Report on vaccination in the Province of Bengal - 1869-1873
Year: 1869
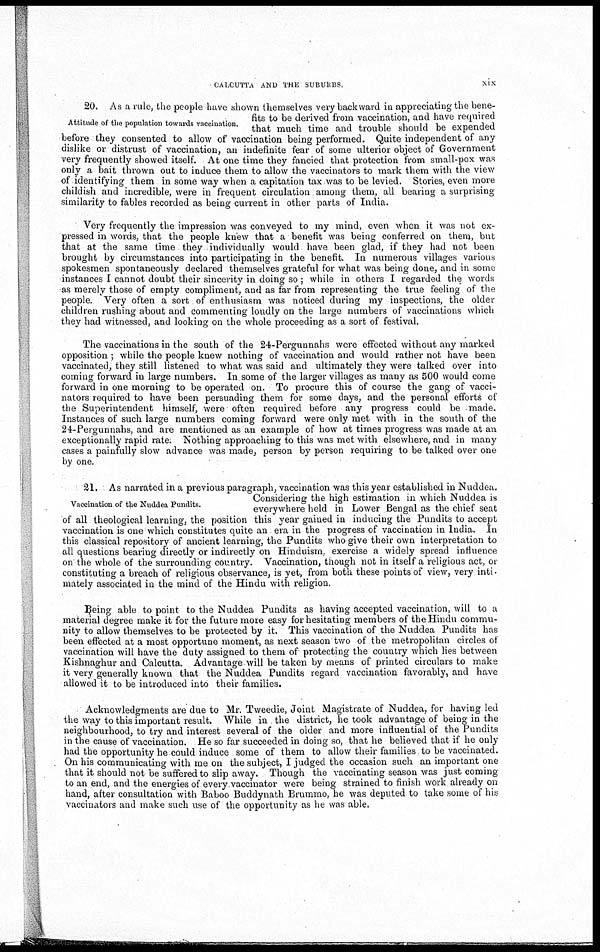
CALCUTTA AND THE SUBURBS.
xix
Attitude of the population towards vaccination.
20. As a rule, the people have shown themselves very backward in appreciating the bene-
fits to be derived from vaccination, and have required
that much time and trouble should be expended
before they consented to allow of vaccination being performed. Quite independent of any
dislike or distrust of vaccination, an indefinite fear of some ulterior object of Government
very frequently showed itself. At one time they fancied that protection from small-pox was
only a bait thrown out to induce them to allow the vaccinators to mark them with the view
of identifying them in some way when a capitation tax was to be levied. Stories, even more
childish and incredible, were in frequent circulation among them, all bearing a surprising
similarity to fables recorded as being current in other parts of India.
Very frequently the impression was conveyed to my mind, even when it was not ex-
pressed in words, that the people knew that a benefit was being conferred on them, but
that at the same time they individually would have been glad, if they had not been
brought by circumstances into participating in the benefit. In numerous villages various
spokesmen spontaneously declared themselves grateful for what was being done, and in some
instances I cannot doubt their sincerity in doing so ; while in others I regarded the words
as merely those of empty compliment, and as far from representing the true feeling of the
people. Very often a sort of enthusiasm was noticed during my inspections, the older
children rushing about and commenting loudly on the large numbers of vaccinations which
they had witnessed, and looking on the whole proceeding as a sort of festival.
The vaccinations in the south of the 24-Pergunnahs were effected without any marked
opposition ; while the people knew nothing of vaccination and would rather not have been
vaccinated, they still listened to what was said and ultimately they were talked over into
coming forward in large numbers. In some of the larger villages as many as 500 would come
forward in one morning to be operated on. To procure this of course the gang of vacci-
nators required to have been persuading them for some days, and the personal efforts of
the Superintendent himself, were often required before any progress could be made.
Instances of such large numbers coming forward were only met with in the south of the
24-Pergunnahs, and are mentioned as an example of how at times progress was made at an
exceptionally rapid rate. Nothing approaching to this was met with elsewhere, and in many
cases a painfully slow advance was made, person by person requiring to be talked over one
by one.
Vaccination of the Nuddea Pundits.
21. As narrated in a previous paragraph, vaccination was this year established in Nuddea.
Considering the high estimation in which Nuddea is
everywhere held in Lower Bengal as the chief seat
of all theological learning, the position this year gained in inducing the Pundits to accept
vaccination is one which constitutes quite an era in the progress of vaccination in India. In
this classical repository of ancient learning, the Pundits who give their own interpretation to
all questions bearing directly or indirectly on Hinduism, exercise a widely spread influence
on the whole of the surrounding country. Vaccination, though not in itself a religious act, of
constituting a breach of religious observance, is yet, from both these points of view, very inti-
mately associated in the mind of the Hindu with religion.
Being able to point to the Nuddea Pundits as having accepted vaccination, will to a
material degree make it for the future more easy for hesitating members of the Hindu commu-
nity to allow themselves to be protected by it. This vaccination of the Nuddea Pundits has
been effected at a most opportune moment, as next season two of the metropolitan circles of
vaccination will have the duty assigned to them of protecting the country which lies between
Kishnaghur and Calcutta. Advantage will be taken by means of printed circulars to make
it very generally known that the Nuddea Pundits regard vaccination favorably, and have
allowed it to be introduced into their families.
Acknowledgments are due to Mr. Tweedie, Joint Magistrate of Nuddea, for having led
the way to this important result. While in the district, he took advantage of being in the
neighbourhood, to try and interest several of the older and more influential of the Pundits
in the cause of vaccination. He so far succeeded in doing so, that he believed that if he only
had the opportunity he could induce some of them to allow their families to be vaccinated.
On his communicating with me on the subject, I judged the occasion such an important one
that it should not be suffered to slip away. Though the vaccinating season was just coming
to an end, and the energies of every vaccinator were being strained to finish work already on
hand, after consultation with Baboo Buddynath Brummo, he was deputed to take some of his
vaccinators and make such use of the opportunity as he was able.